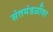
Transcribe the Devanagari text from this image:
संतमंडळींवर